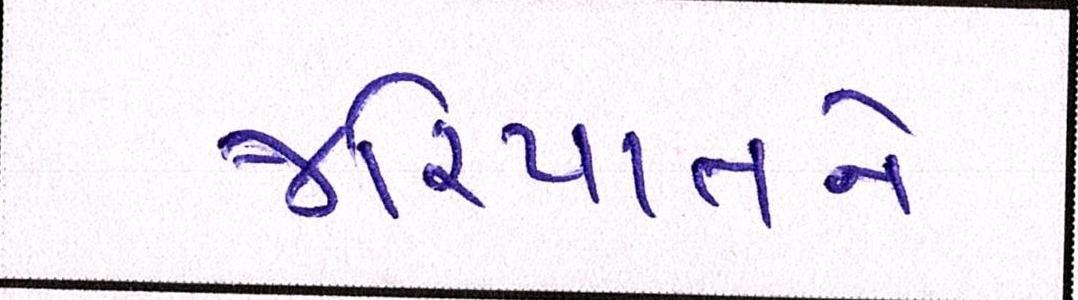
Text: જરિયાતને